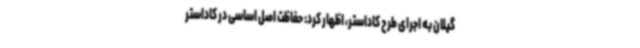
گیلان به اجرای طرح کاداستر، اظهار کرد: حفاظت اصل اساسی در کاداستر